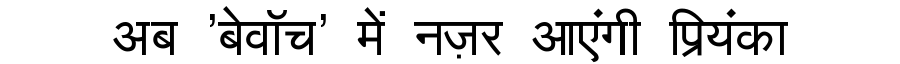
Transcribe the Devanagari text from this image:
अब 'बेवॉच' में नज़र आएंगी प्रियंका